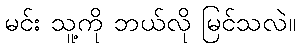
မင်း သူ့ကို ဘယ်လို မြင်သလဲ။